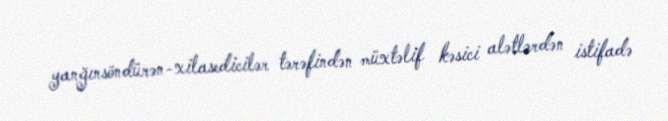
yanğınsöndürən-xilasedicilər tərəfindən müxtəlif kəsici alətlərdən istifadə